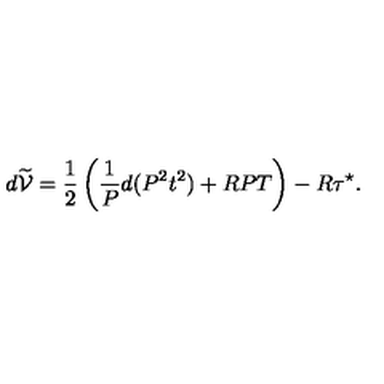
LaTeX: d \widetilde { \cal V } = { \frac { 1 } { 2 } } \left( { \frac { 1 } { P } } d ( P ^ { 2 } t ^ { 2 } ) + R P T \right) - R \tau ^ { \star } .